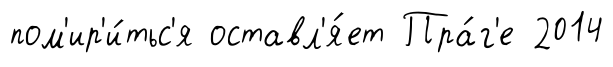
пом'ир'и́тьс'я оставл'я́ет Пра́г'е 2014